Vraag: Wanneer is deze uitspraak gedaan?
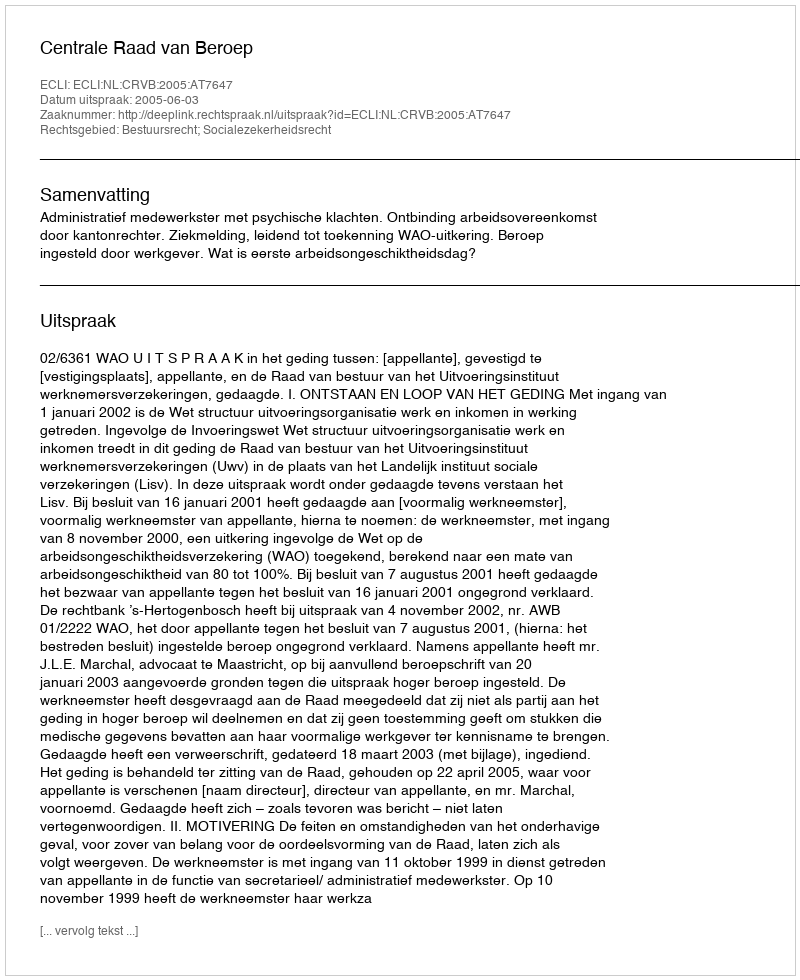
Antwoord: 2005-06-03